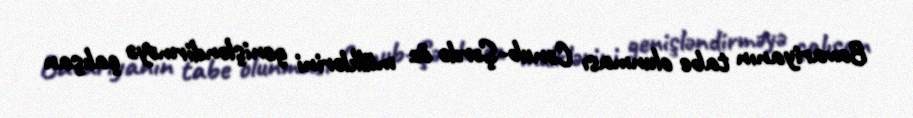
Bavariyanın tabe olunması Cənub-Şərdə öz mülklərini genişləndirməyə çalışan